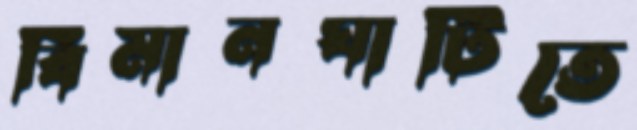
বিমানঘাটিতে